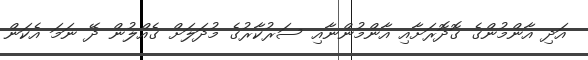
އަދި އާންމުންގެ ގޮދޮރަށާއި އާންމުންނާއި ސަރުކާރުގެ މުދަލަށް ގެއްލުން ދޭ ނަމަ އެކަން